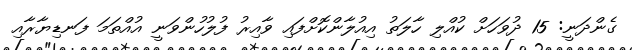
ގެންދަނީ: 15 ދުވަހަށް ކުއްލި ހާލަތު އިއުލާންކޮށްފައި ވާއިރު ފުލުހުންވަނީ އުއްތަމަ ފަނޑިޔާރާއި